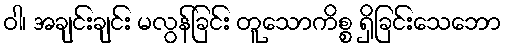
ဝါ၊ အချင်းချင်း မလွန်ခြင်း တူသောကိစ္စ ရှိခြင်းသေဘော